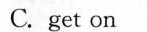
C. get on